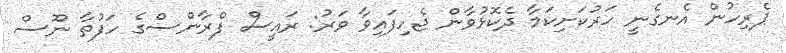
ޕެރިހުން އެނގެނީ ހަރުކަށިކަމާ ދެކޮޅުވާން ޖެހިފައިވާ ވަރު: ރައީސް ފްރާންސްގެ ހަފުތާ ނޫސް